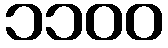
၁၁၀၀